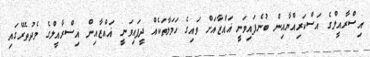
އިސްރާއީލްގެ އަސްކަރިއްޔާއިން ބުނެފައިވަނީ ޣައްޒާއަށް ވައިގެ ހަމަލާތަކެއް ދީފައިވަނީ ޣައްޒާއިން އިސްރާއީލްގެ މެދުތެރޭގައި